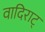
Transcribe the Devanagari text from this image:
वादिराट्